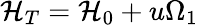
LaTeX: {\cal H}_{T}={\cal H}_{0}+u\Omega_{1}